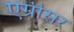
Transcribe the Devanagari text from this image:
एग्रीसर